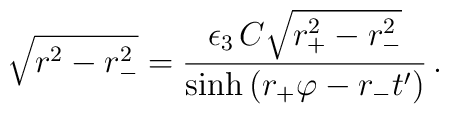
\sqrt{r^2_{\vphantom -}-r_-^2}= {\epsilon_3 \, C \sqrt{r_+^2-r_-^2} \over \sinh\left (r_+\varphi-r_-t^\prime\right)}\, .